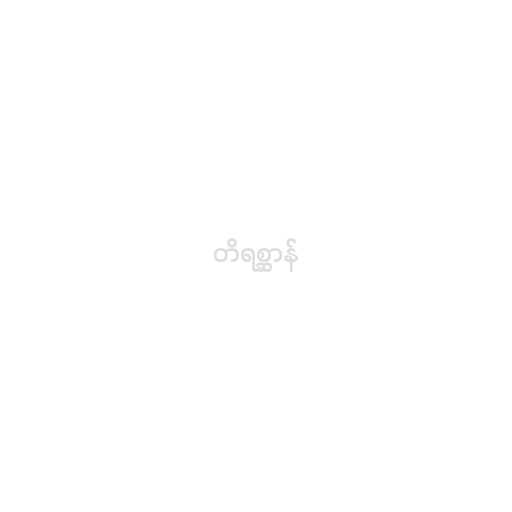
တိရစ္ဆာန်